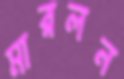
মারলন